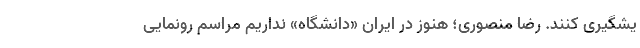
یشگیری کنند. رضا منصوری؛ هنوز در ایران «دانشگاه» نداریم مراسم رونمایی